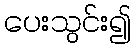
ပေးသွင်း၍